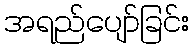
အရည်ပျော်ခြင်း